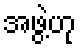
အဖွဲ့ဟု